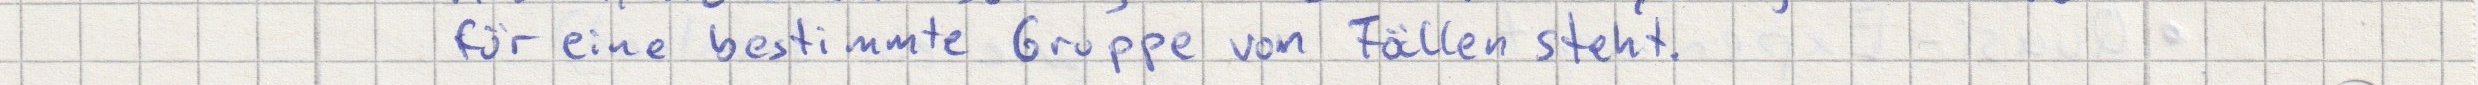
für eine bestimmte Gruppe von Fällen steht.